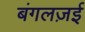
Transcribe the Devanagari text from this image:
बंगलज़ई